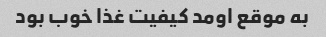
به موقع اومد کیفیت غذا خوب بود